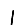
Digit: 1